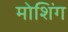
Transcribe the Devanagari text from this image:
मोशिंग